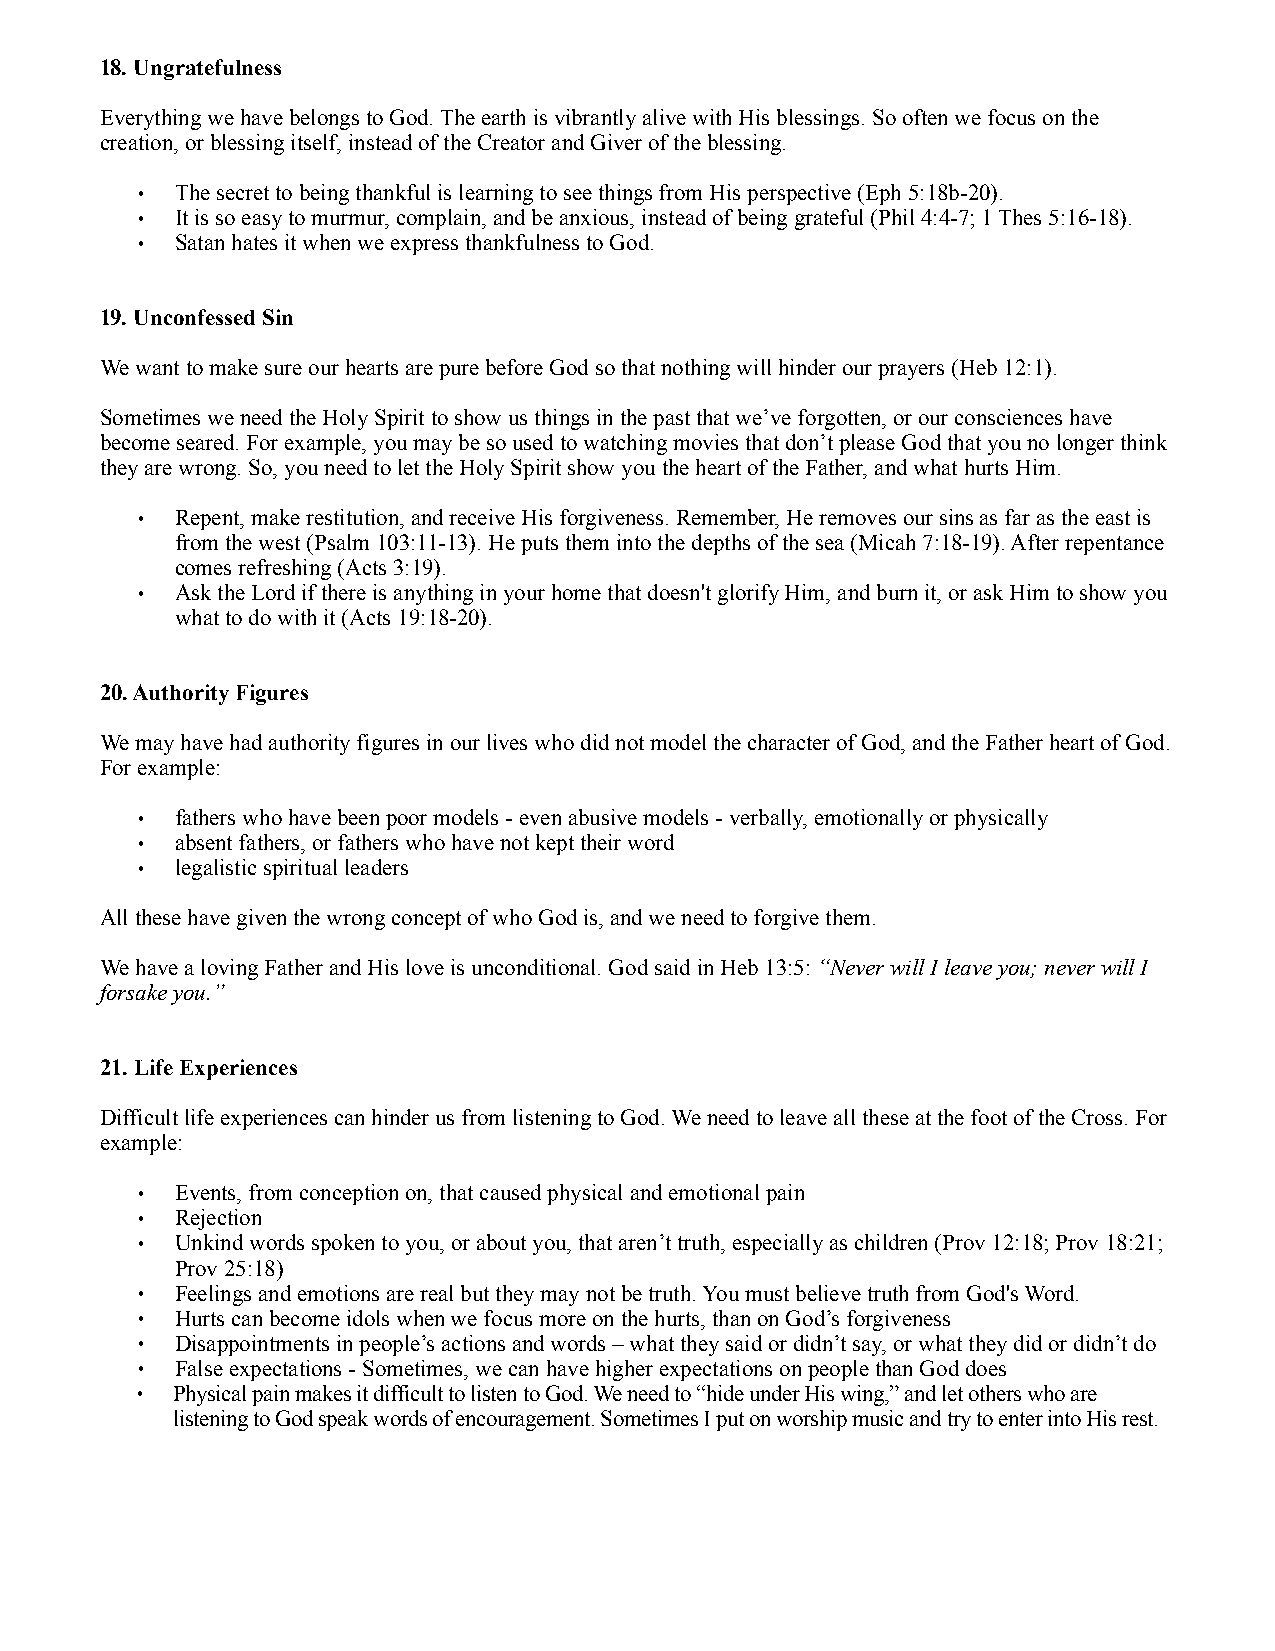
18. Ungratefulness
 Everything we have belongs to God. The earth is vibrantly alive with His blessings. So often we focus on the
 creation, or blessing itself, instead of the Creator and Giver of the blessing.
 •  The secret to being thankful is learning to see things from His perspective (Eph 5:18b-20).
 •  It is so easy to murmur, complain, and be anxious, instead of being grateful (Phil 4:4-7; 1 Thes 5:16-18).
 •  Satan hates it when we express thankfulness to God.
 19. Unconfessed Sin
 We want to make sure our hearts are pure before God so that nothing will hinder our prayers (Heb 12:1).
 Sometimes we need the Holy Spirit to show us things in the past that we’ve forgotten, or our consciences have
 become seared. For example, you may be so used to watching movies that don’t please God that you no longer think
 they are wrong. So, you need to let the Holy Spirit show you the heart of the Father, and what hurts Him.
 •  Repent, make restitution, and receive His forgiveness. Remember, He removes our sins as far as the east is
 from the west (Psalm 103:11-13). He puts them into the depths of the sea (Micah 7:18-19). After repentance
 comes refreshing (Acts 3:19).
 •  Ask the Lord if there is anything in your home that doesn't glorify Him, and burn it, or ask Him to show you
 what to do with it (Acts 19:18-20).
 20. Authority Figures
 We may have had authority figures in our lives who did not model the character of God, and the Father heart of God.
 For example:
 •  fathers who have been poor models - even abusive models - verbally, emotionally or physically
 •  absent fathers, or fathers who have not kept their word
 •  legalistic spiritual leaders
 All these have given the wrong concept of who God is, and we need to forgive them.
 We have a loving Father and His love is unconditional. God said in Heb 13:5: “Never will I leave you; never will I
 forsake you.”
 21. Life Experiences
 Difficult life experiences can hinder us from listening to God. We need to leave all these at the foot of the Cross. For
 example:
 •  Events, from conception on, that caused physical and emotional pain
 •  Rejection
 •  Unkind words spoken to you, or about you, that aren’t truth, especially as children (Prov 12:18; Prov 18:21;
 Prov 25:18)
 •  Feelings and emotions are real but they may not be truth. You must believe truth from God's Word.
 •  Hurts can become idols when we focus more on the hurts, than on God’s forgiveness
 •  Disappointments in people’s actions and words – what they said or didn’t say, or what they did or didn’t do
 •  False expectations - Sometimes, we can have higher expectations on people than God does
 • Physical pain makes it difficult to listen to God. We need to “hide under His wing,” and let others who are
 listening to God speak words of encouragement. Sometimes I put on worship music and try to enter into His rest.